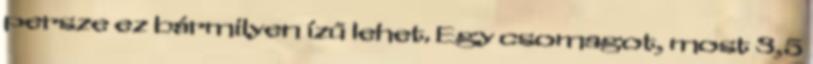
persze ez bármilyen ízű lehet. Egy csomagot, most 3,5